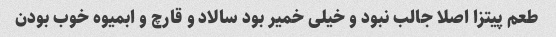
طعم پیتزا اصلا جالب نبود و خیلی خمیر بود سالاد و قارچ و ابمیوه خوب بودن